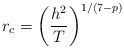
\begin{align*}r_c = \left(\frac{h^2}{T}\right)^{1/(7-p)}\end{align*}